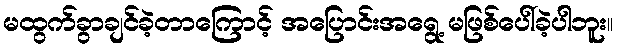
မထွက်ခွာချင်ခဲ့တာကြောင့် အပြောင်းအရွေ့ မဖြစ်ပေါ်ခဲ့ပါဘူး။